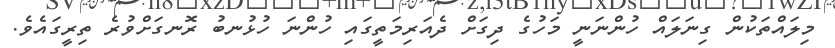
މިލައްތަކުން ގިނަލައް ހުންނަނީ މަހުގެ ދިގަށް ދެއަރިމަތީގައި ހުންނަ ހުޅުނބު ރޮނގަށްވުރެ ތިރީގައެވެ.